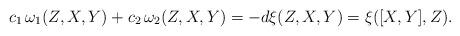
LaTeX: \begin{align*}c_1\,\omega_1(Z,X,Y)+c_2\,\omega_2(Z,X,Y) = - d\xi(Z,X,Y) = \xi([X,Y],Z).\end{align*}